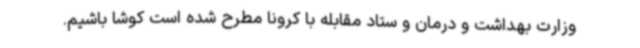
وزارت بهداشت و درمان و ستاد مقابله با کرونا مطرح شده است کوشا باشیم.